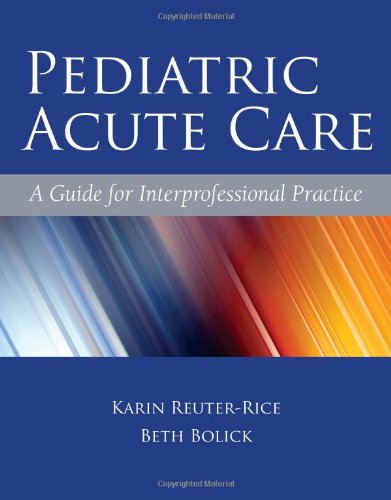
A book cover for Pediatric Acute Care: A Guide for Interprofessional Practice; Karin Reuter-Rice; Medical Books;